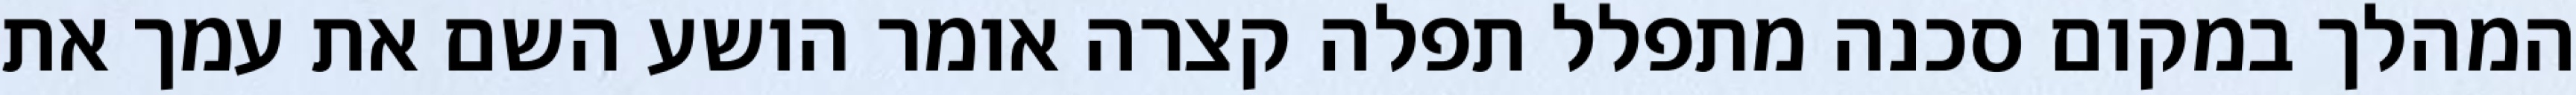
המהלך במקום סכנה מתפלל תפלה קצרה אומר הושע השם את עמך את